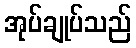
အုပ်ချုပ်သည်